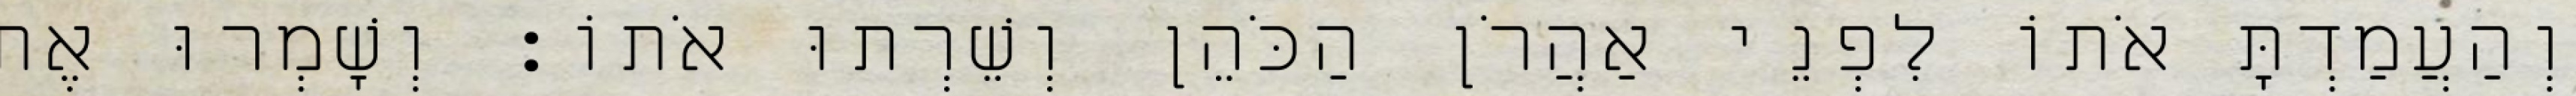
וְהַעֲמַדְתָּ אֹתוֹ לִפְנֵי אַהֲרֹן הַכֹּהֵן וְשֵׁרְתוּ אֹתוֹ׃ וְשָׁמְרוּ אֶת